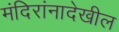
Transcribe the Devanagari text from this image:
मंदिरांनादेखील